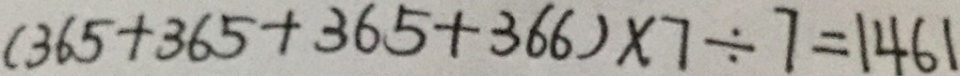
( 3 6 5 + 3 6 5 + 3 6 5 + 3 6 6 ) \times 7 \div 7 = 1 4 6 1